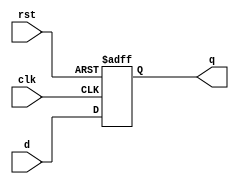
module flip_flop (
    input clk,
    input rst,
    input d,
    output reg q
);

always @(posedge clk or negedge rst) begin
    if (rst == 0) begin
        q <= 1'b0;
    end else begin
        q <= d;
    end
end

endmodule